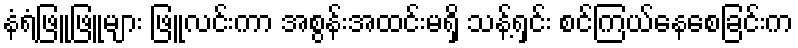
နံရံဖြူဖြူများ ဖြူလင်းကာ အစွန်းအထင်းမရှိ သန့်ရှင်း စင်ကြယ်နေစေခြင်းက